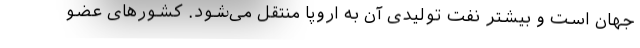
جهان است و بیشتر نفت تولیدی آن به اروپا منتقل می‌شود. کشورهای عضو